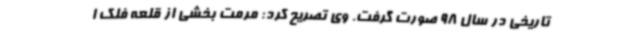
تاریخی در سال 98 صورت گرفت. وی تصریح کرد: مرمت بخشی از قلعه فلک ا